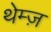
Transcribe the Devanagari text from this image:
थेम्ज़